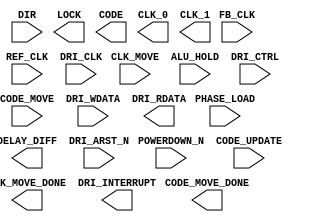
`timescale 1 ns/100 ps
// Version: 


module DLL(
       POWERDOWN_N,
       DIR,
       CLK_MOVE,
       CODE_MOVE,
       ALU_HOLD,
       CODE_UPDATE,
       PHASE_LOAD,
       CLK_MOVE_DONE,
       CODE_MOVE_DONE,
       LOCK,
       DELAY_DIFF,
       CODE,
       REF_CLK,
       FB_CLK,
       CLK_0,
       CLK_1,
       DRI_CLK,
       DRI_CTRL,
       DRI_WDATA,
       DRI_ARST_N,
       DRI_RDATA,
       DRI_INTERRUPT
    )
/* synthesis black_box

pragma attribute DLL ment_tpd0 FB_CLK->CLK_0+1.384
pragma attribute DLL ment_tpd1 FB_CLK->CLK_1+1.384
pragma attribute DLL ment_tpd2 REF_CLK->CLK_0+1.384
pragma attribute DLL ment_tpd3 REF_CLK->CLK_1+1.384
*/
/* synthesis black_box black_box_pad ="" */
 ;
input  POWERDOWN_N;
input  DIR;
input  CLK_MOVE;
input  CODE_MOVE;
input  ALU_HOLD;
input  CODE_UPDATE;
input  PHASE_LOAD;
output CLK_MOVE_DONE;
output CODE_MOVE_DONE;
output LOCK;
output DELAY_DIFF;
output [7:0] CODE;
input  REF_CLK;
input  FB_CLK;
output CLK_0;
output CLK_1;
input  DRI_CLK;
input  [10:0] DRI_CTRL;
input  [32:0] DRI_WDATA;
input  DRI_ARST_N;
output [32:0] DRI_RDATA;
output DRI_INTERRUPT;
parameter DATA_RATE = 0.0;
parameter FORMAL_NAME = "";
parameter INTERFACE_NAME = "";
parameter INTERFACE_LEVEL = 'h0;
parameter SOFTRESET = 'h0;
parameter PRIMARY_PHASE = 'h0;
parameter SECONDARY_PHASE = 'h0;
parameter PRIMARY_CLK_SEL = 'h0;
parameter SECONDARY_CLK_SEL = 'h0;
parameter REF_SEL = 'h0;
parameter FB_SEL = 'h0;
parameter DIV_SEL = 'h0;
parameter SECONDARY_FINE_PHASE = 'h0;
parameter ALU_UPDATE = 'h0;
parameter PHASE_CODE_SEL = 'h0;
parameter LOCK_TOLERANCE = 'h0;
parameter LOCK_HIGH = 'h0;
parameter LOCK_LOW = 'h0;
parameter SET_ALU = 'h0;
parameter ADJ_DEL4 = 'h0;
parameter RESERVED_0 = 'h0;
parameter ADJ_CODE = 'h0;
parameter INIT_CODE = 'h0;
parameter FAST_RELOCK = 'h0;
parameter POWERDOWN_EN = 'h0;
parameter RESET = 'h0;
parameter SOFT_ALU_HOLD = 'h0;
parameter SOFT_CODE_UPDATE = 'h0;
parameter SOFT_LOCK_DBG = 'h0;
parameter SOFT_LOCK_FRC = 'h0;
parameter SOFT_PHASE_DIRECTION = 'h0;
parameter SOFT_PHASE_LOAD = 'h0;
parameter SOFT_PHASE_MOVE_CLK = 'h0;
parameter SOFT_MOVE_CODE = 'h0;
parameter TEST_RING = 'h0;
parameter DELAY_DIFF_RANGE = 'h0;
parameter DRI_EN = 'h0;

endmodule